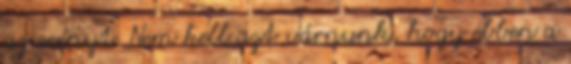
az erényt. Nem kell azt várnunk, hogy ebben a